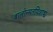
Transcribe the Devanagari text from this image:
बालोन्मतपिशाच्च